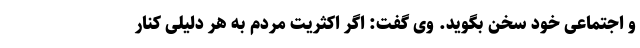
و اجتماعی خود سخن بگوید. وی گفت: اگر اکثریت مردم به هر دلیلی کنار